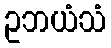
ဥဘယံသံ